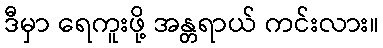
ဒီမှာ ရေကူးဖို့ အန္တရာယ် ကင်းလား။